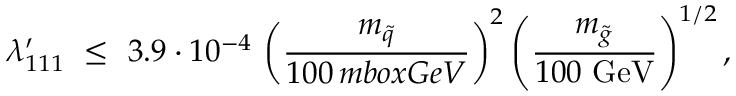
\lambda _ { 1 1 1 } ^ { \prime } \ \le \ 3 . 9 \cdot 1 0 ^ { - 4 } \, \left( \frac { m _ { \tilde { q } } } { 1 0 0 \, m b o x { G e V } } \right) ^ { 2 } \left( \frac { m _ { \tilde { g } } } { 1 0 0 \ \mathrm { G e V } } \right) ^ { 1 / 2 } ,